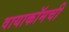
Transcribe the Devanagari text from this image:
वायाकॉमची